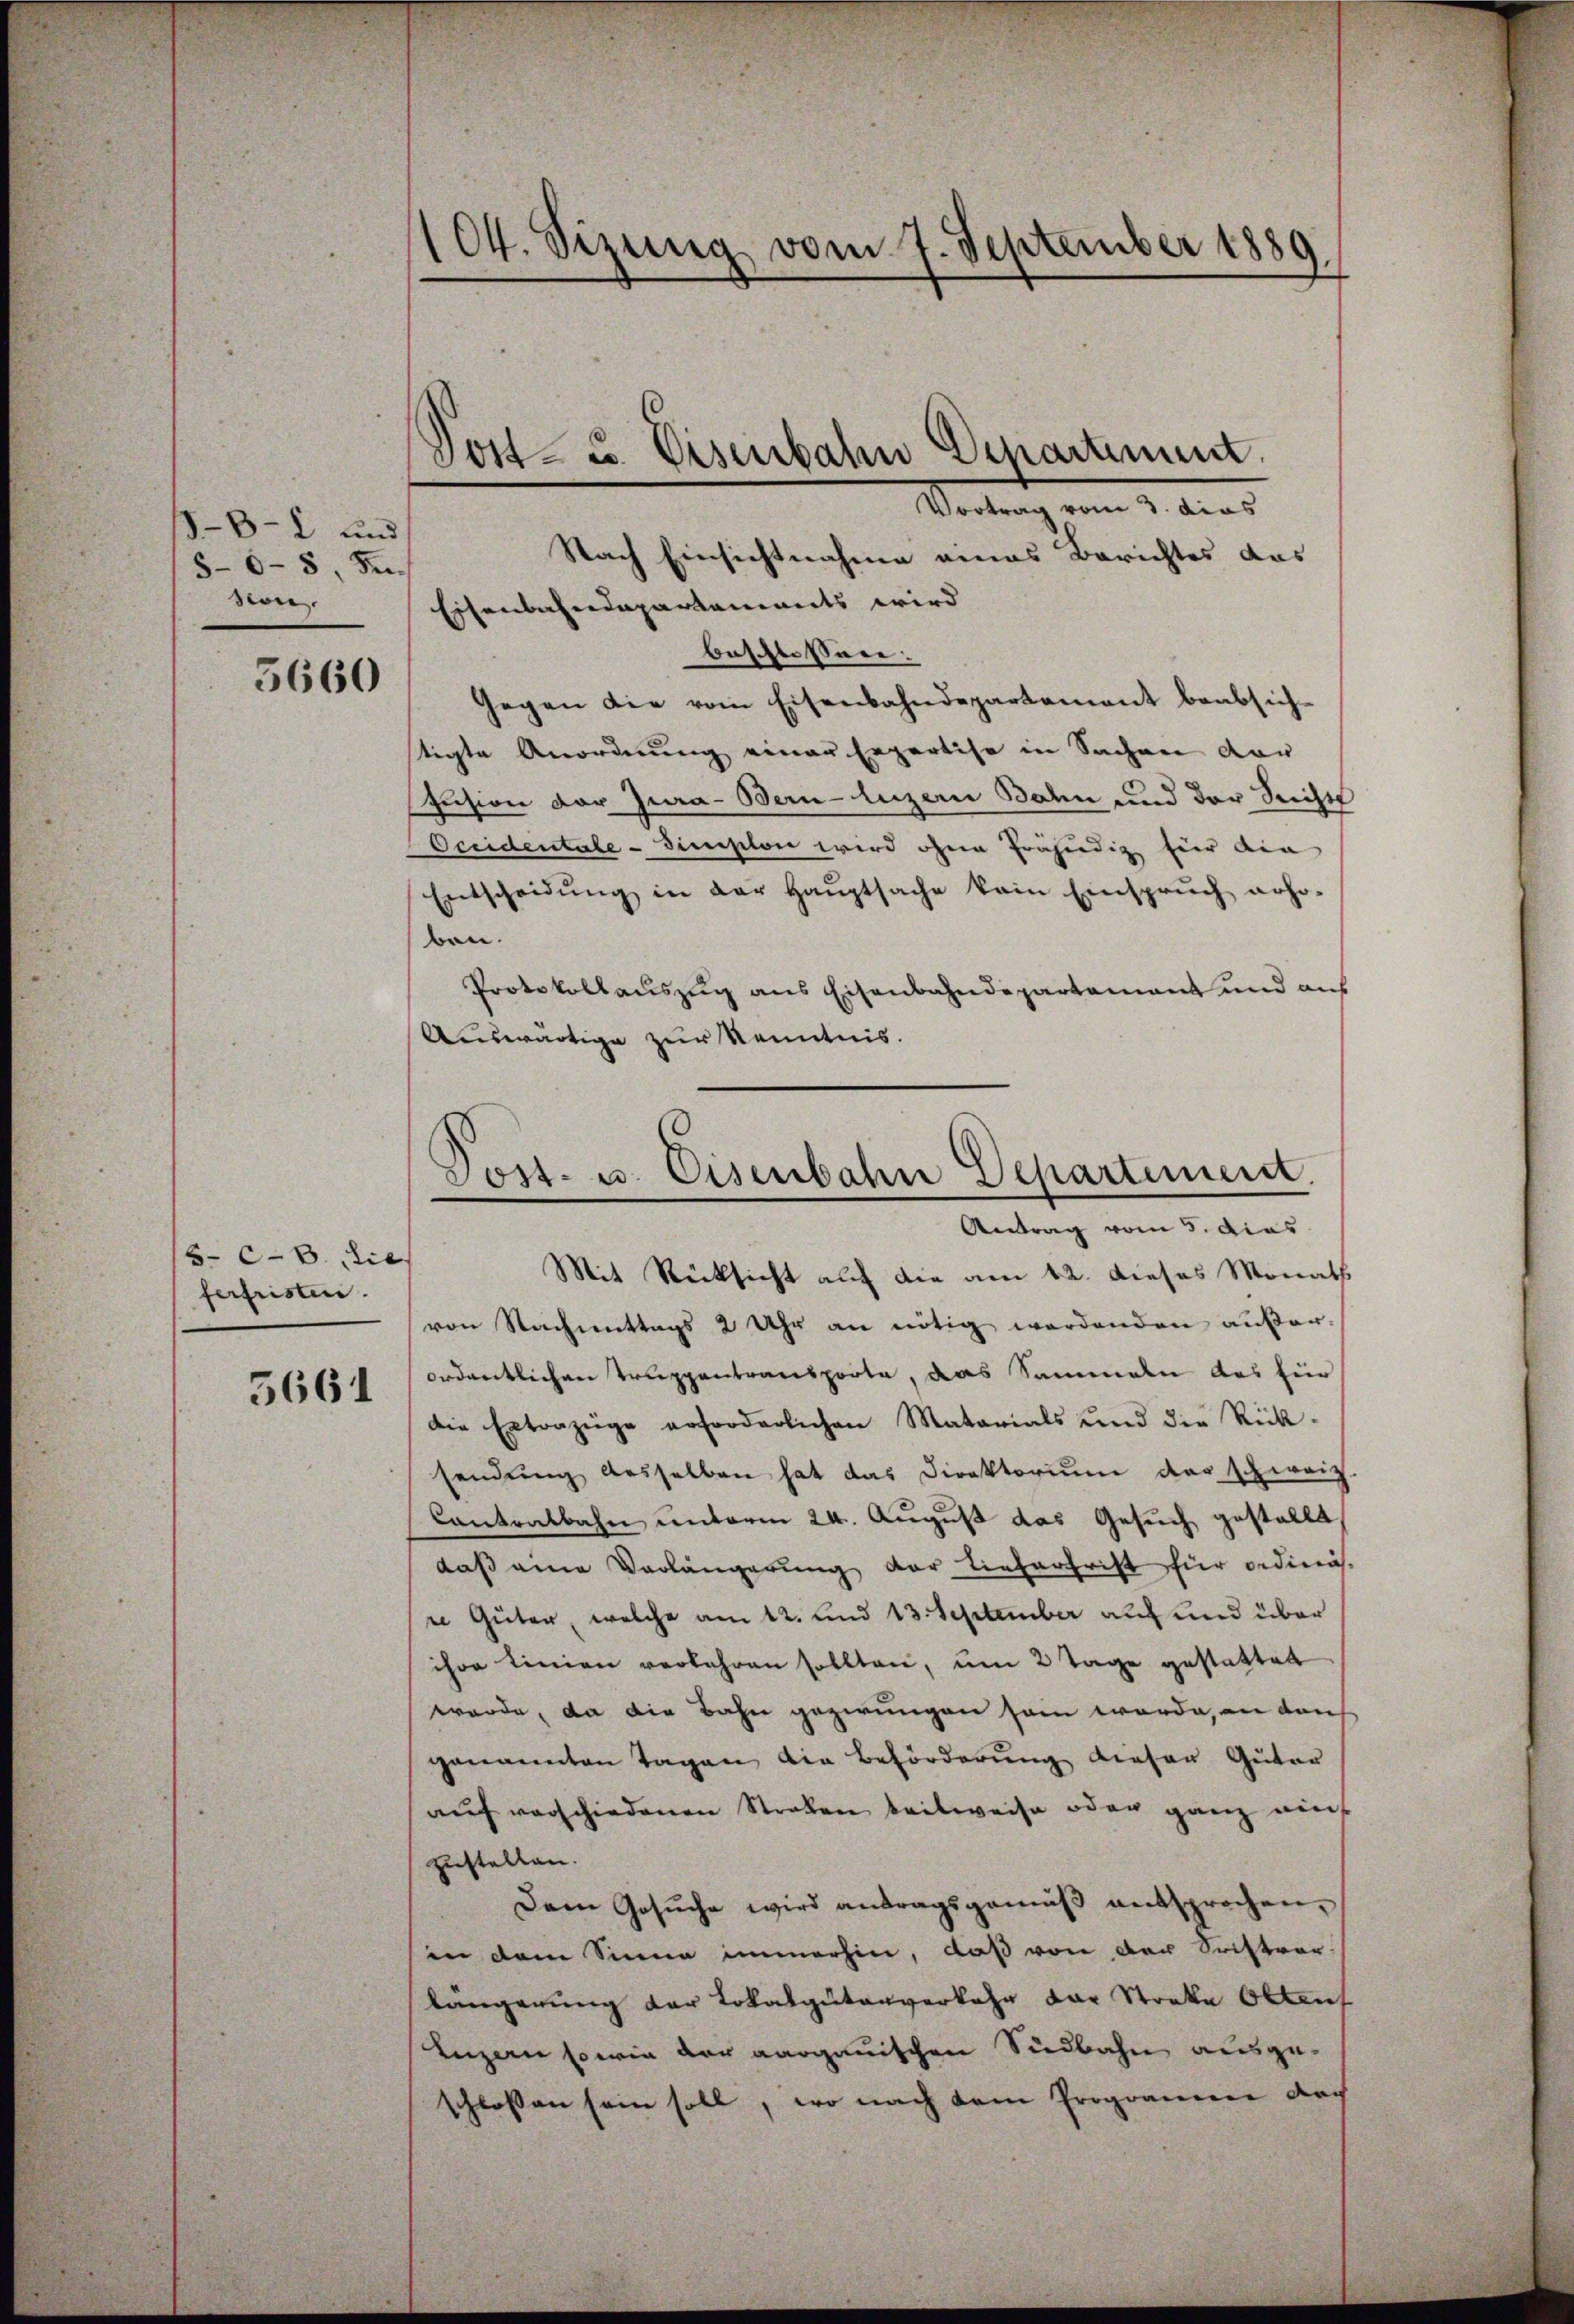
1-8-2 und
5-6-8 Se
sion.

5660

5.c.B. dies
ferfristen.
5661

104. Sizung vom 7. September 1889.

Dost- u. Eisenbahn Departement.

Nach Einsichtnahme eines Berichtes das
Eisenbahndepartanwerts wird
beschlossene.
gegen die vom Eisenbahndepartement beabsich-
tigte Anordnung einer Erpartise in Sachen vor
Eusion der Jura - Bern-luzern Bahn und der Seichts
Occidentale - simplon wird ohne frühendig für die
Entscheidŭng in der Haŭptsache kein Einsprŭch noho-
ben.
Protokollauszug aus Eisenbahndepartamant und aus
Auswärtige zur Kenntnis.

Vortrag vom 3. dies

Post- u. Eisenbahn Departement.
Antrag vom 5. dies
Mit Rücksicht auf die am 12. dieses Monath

von Nachmittags 2 Uhr an nötig werdenden außer-
ordentlichen Truppentransporte, das Sammeln aus für
die Extrazüge erforderlichen Matarials und die Rück-
sendŭng desselben hat das Direktoriŭm das schweiz
Contralbahn unterm 24. August das Gesuch gestellt,
daß eine Verlängerung der Lieferfrist für ordinäs
e Güter, welche am 12. und 13 September auf und über
ihre Linien verfahren sollten, um 2 Tage gestattet
werde, da die Bahn gezwungen sein werde, an den
genannten Tagen die Beförderung diesen Güter
auf verschiedenen Straben teilweise oder ganz nich
zustellen.
Dem Gesuche wird antragsgemäß entsprochen,
in dem Sinne immerhin, daß von der Sistor-
längerung der Lokalguterverkehr der Streke Ottenf
Luzern sowie der aargauischen Südbahn ausgeschlossen sein soll, wo nach dem Proponieren doch